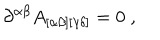
\partial ^ { \alpha \beta } A _ { [ \alpha \beta ] [ \gamma \delta ] } = 0 \; ,